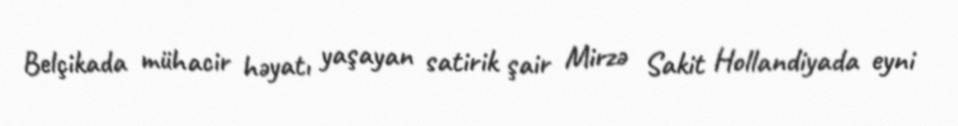
Belçikada mühacir həyatı yaşayan satirik şair Mirzə Sakit Hollandiyada eyni